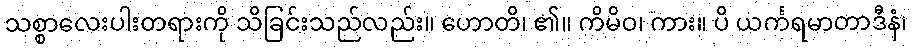
သစ္စာလေးပါးတရားကို သိခြင်းသည်လည်း။ ဟောတိ၊ ၏။ ကိမိဝ၊ ကား။ ပိ ယင်္ကရမာတာဒီနံ၊